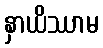
နှာယိဿာမ